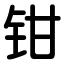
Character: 钳